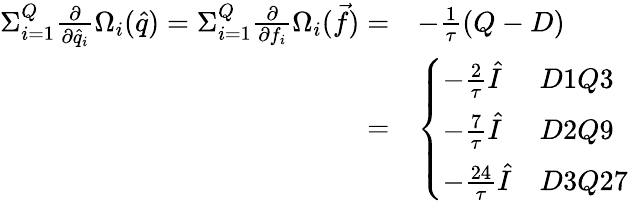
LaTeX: \begin{array}{rl}{{\Sigma}_{i=1}^{Q}\frac{\partial}{\partial\hat{q}_{i}}\Omega_{i}(\hat{q})={\Sigma}_{i=1}^{Q}\frac{\partial}{\partial f_{i}}\Omega_{i}(\vec{f})=}&{-\frac{1}{\tau}(Q-D)}\\ {=}&{\left\{ \begin{array}{ll}{-\frac{2}{\tau}\hat{I}}&{D1Q3}\\ {-\frac{7}{\tau}\hat{I}}&{D2Q9}\\ {-\frac{24}{\tau}\hat{I}}&{D3Q27}\end{array}\right.}\end{array}